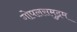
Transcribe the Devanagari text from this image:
गोपलसमुद्रम